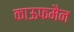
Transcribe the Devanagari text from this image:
काऊफमैन